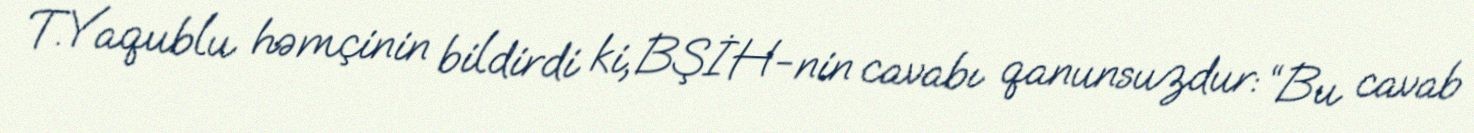
T.Yaqublu həmçinin bildirdi ki, BŞİH-nin cavabı qanunsuzdur: “Bu cavab